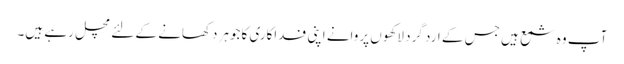
آپ وہ شمع ہیں جس کے ارد گرد لاکھوں پروانے اپنی فداکاری کاجوہر دکھانے کے لئے مچل رہے ہیں۔